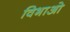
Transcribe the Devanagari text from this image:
विभाओ